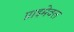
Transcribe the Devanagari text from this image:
प्राइमेवल